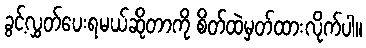
ခွင့်လွှတ်ပေးရမယ်ဆိုတာကို စိတ်ထဲမှတ်ထားလိုက်ပါ။